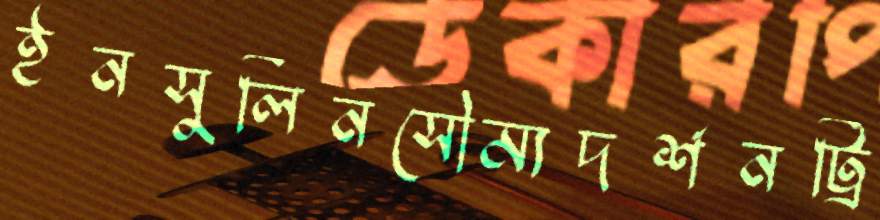
ইনসুলিনসৌম্যদর্শনট্রি